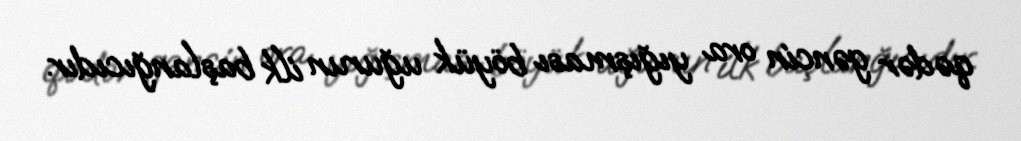
qədər gəncin ora yığışması böyük uğurun ilk başlanğıcıdır.